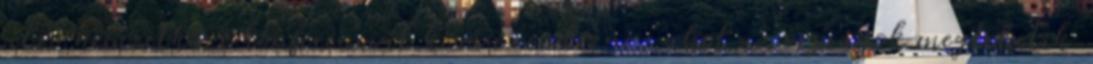
célzó nemzetközi konferenciát kíván rendezni, ahol az országok megtehetik